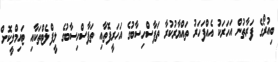
ބިއުރޯގެ ފަރާތުން އަހަރަކު އެއްފަހަރު ތައްޔާރުކުރާ ތަފާސްހިސާބުގެ އަހަރީފޮތާއި ތަފާސްހިސާބުގެ ލީފްލެޓްތަކާއި ޓައިމްލީކޮށް